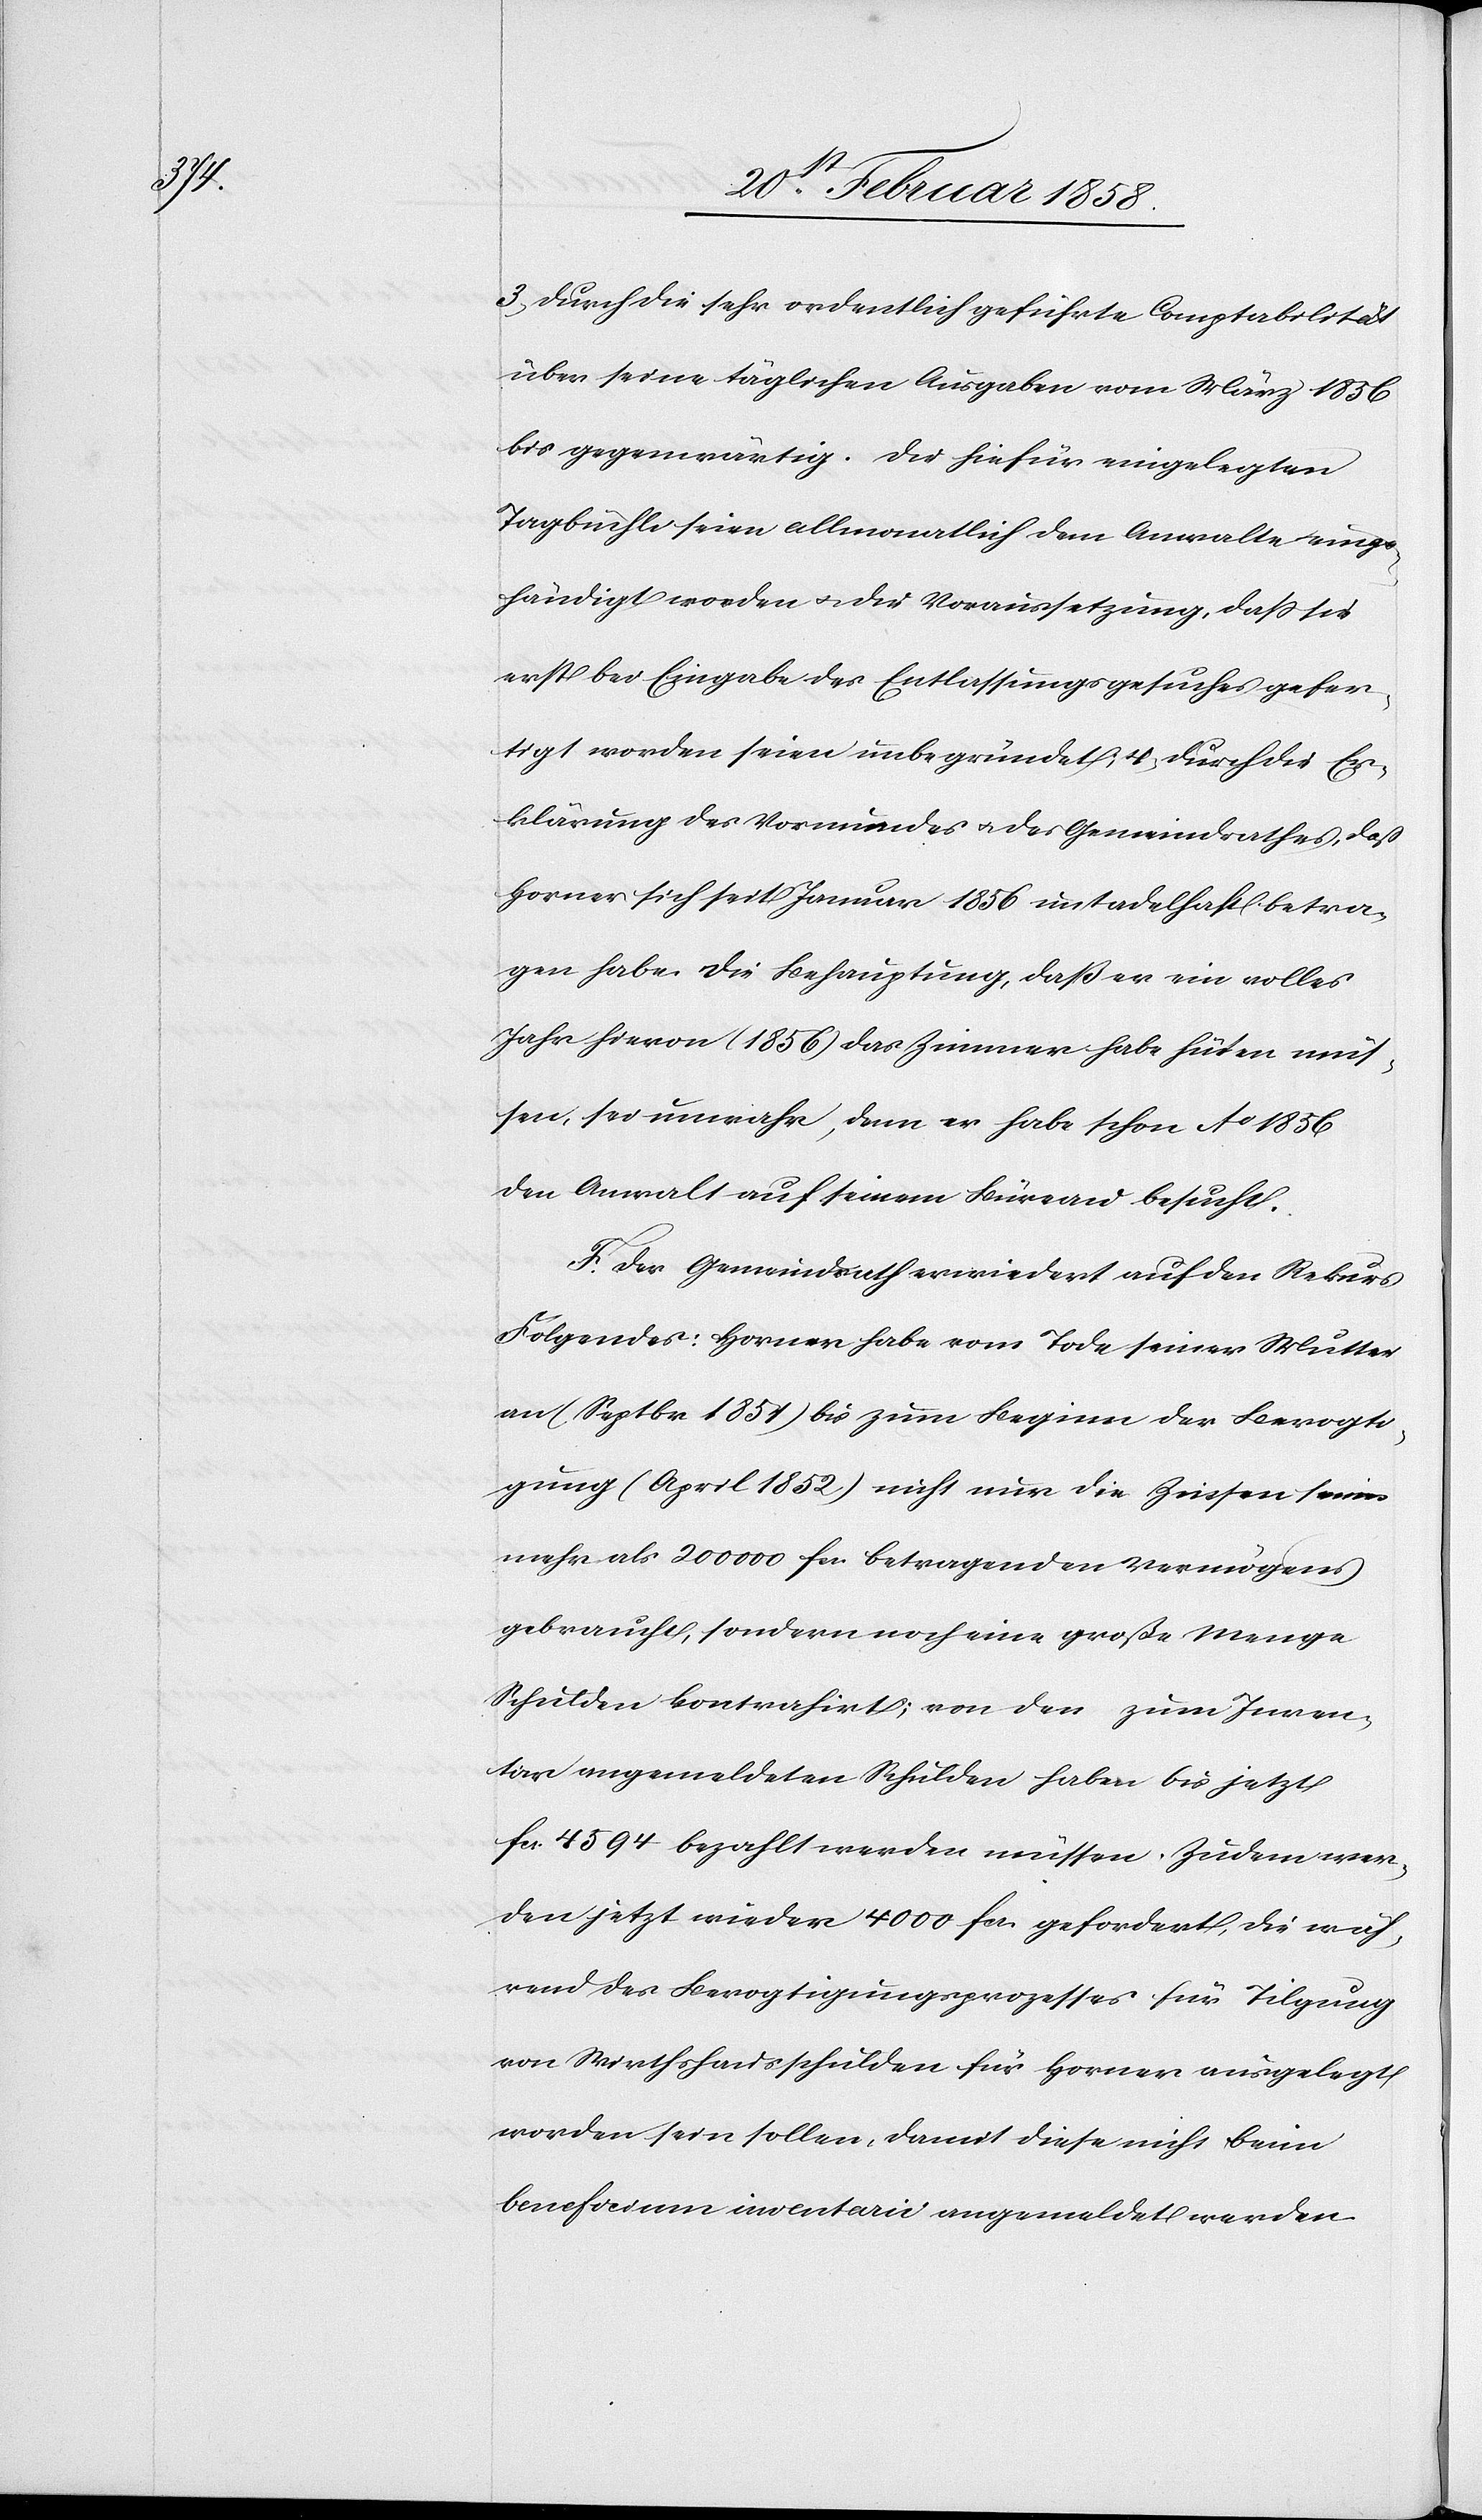
die

3. durch die sehr ordentlich geführte Comptabilität
über seine täglichen Ausgaben vom März 1856
bis gegenwärtig. Die hiefür eingelegten
Tagbüchli seien allmonatlich dem Anwalte einge¬
händigt worden u. die Voraussetzung, daß sie
erst bei Eingabe des Entlassungsgesuches gefer¬
Erklärung des Vormundes u. des Gemeindrathes, daß
Horner sich seit Januar 1856 untadelhaft betra¬
gen habe. Die Behauptung, daß er ein volles
Jahr hievon (1856) das Zimmer habe hüten müs¬
sen, sei unwahr, denn er habe schon Ao 1856
den Anwalt auf seinem Büreau besucht.
F. Der Gemeindrath erwiedert auf den Rekurs
Folgendes: Horner habe vom Tode seiner Mutter
an (Septbr. 1851) bis zum Beginn der Bevogti¬
gung (April 1852) nicht nur die Zinsen seines
mehr als 200 000 fcs. betragenden Vermögens
gebraucht, sondern noch eine große Menge
Schulden kontrahirt; von den zum Inven¬
tar angemeldeten Schulden haben bis jetzt
fcs. 4594 bezahlt werden müssen. Zudem wer¬
den jetzt wieder 4000 fcs. gefordert, die wäh¬
rend des Bevogtigungsprozesses für Tilgung
von Wirthshausschulden für Horner ausgelegt
worden sein sollen, damit diese nicht beim
beneficium inventarii angemeldet werden.